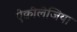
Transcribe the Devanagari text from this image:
ऐक्वीलेजिया